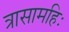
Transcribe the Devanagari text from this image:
त्रासामहिः